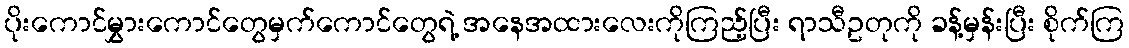
ပိုးကောင်မွှားကောင်တွေမှက်ကောင်တွေရဲ့ အနေအထားလေးကိုကြည့်ပြီး ရာသီဥတုကို ခန့်မှန်းပြီး စိုက်ကြ